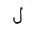
Letter: _lam